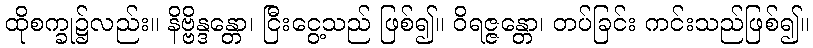
ထိုစက္ခု၌လည်း။ နိဗ္ဗိန္ဒန္တော၊ ငြီးငွေ့သည် ဖြစ်၍။ ဝိရဇ္ဇန္တော၊ တပ်ခြင်း ကင်းသည်ဖြစ်၍။